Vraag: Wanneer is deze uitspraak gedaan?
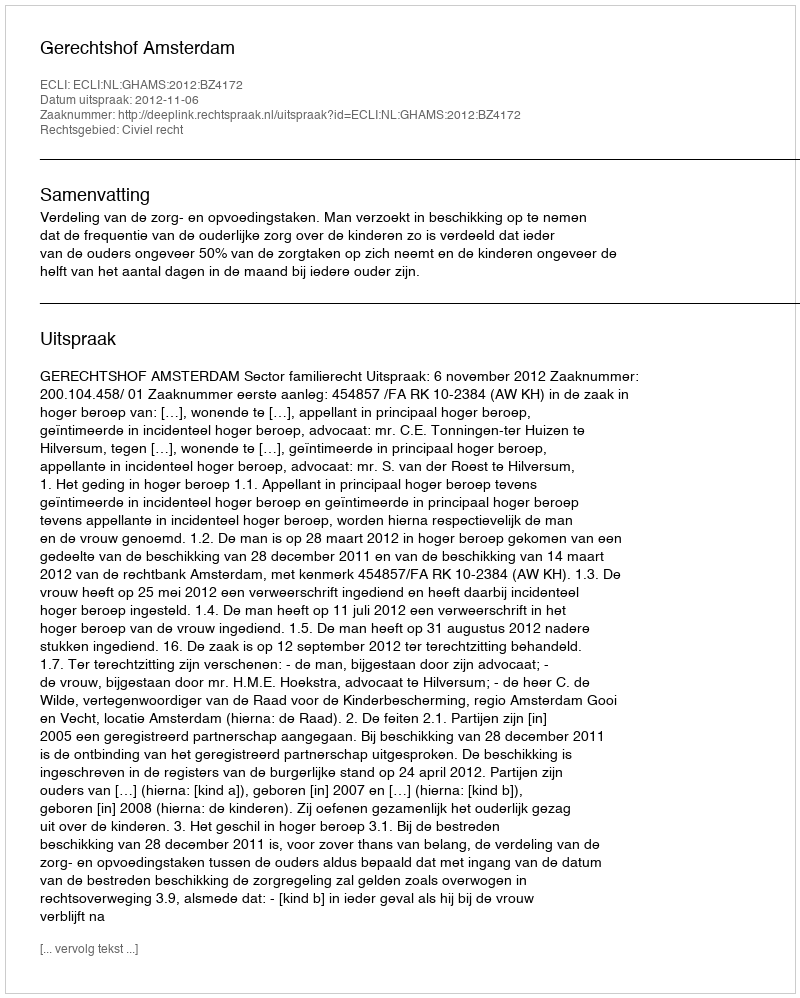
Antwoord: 2012-11-06